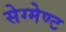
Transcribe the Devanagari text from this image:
सेग्मेण्ट